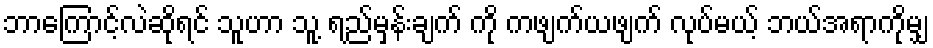
ဘာကြောင့်လဲဆိုရင် သူဟာ သူ့ ရည်မှန်းချက် ကို ကဖျက်ယဖျက် လုပ်မယ့် ဘယ်အရာကိုမျှ